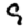
Digit: 9